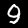
Label: 9